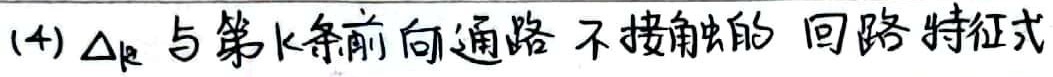
(4) \( \Delta_{k} \)为与第 \( k \) 条前向通路不接触的回路特征式。